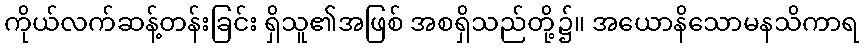
ကိုယ်လက်ဆန့်တန်းခြင်း ရှိသူ၏အဖြစ် အစရှိသည်တို့၌။ အယောနိသောမနသိကာရ